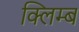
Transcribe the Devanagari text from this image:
क्लिम्ब